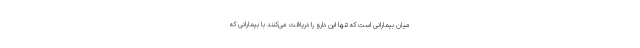
میان بیمارانی است که تنها این دارو را دریافت می‌کنند با بیمارانی که